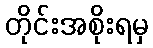
တိုင်းအစိုးရမှ